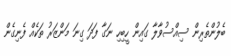
ބެލުންތެރިން ސިއްސުވާލާ ގައިން ހީބިހި ނަގާ ފަދަ ގިނަ މަންޒަރު ތަކެއް ފެނިގެން